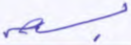
بسحر